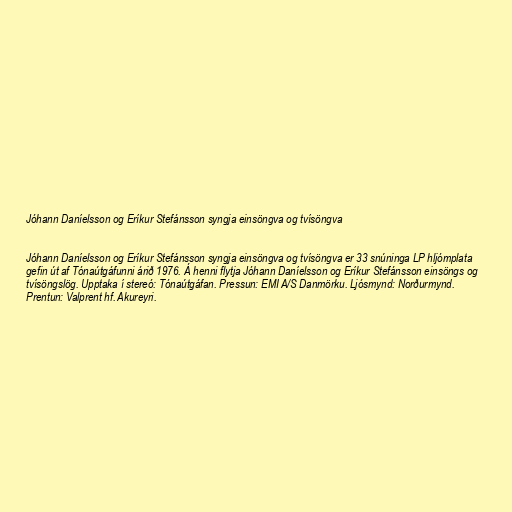
Jóhann Daníelsson og Eríkur Stefánsson syngja einsöngva og tvísöngva

Jóhann Daníelsson og Eríkur Stefánsson syngja einsöngva og tvísöngva er 33 snúninga LP hljómplata
gefin út af Tónaútgáfunni árið 1976. Á henni flytja Jóhann Daníelsson og Eríkur Stefánsson einsöngs og
tvísöngslög. Upptaka í stereó: Tónaútgáfan. Pressun: EMI A/S Danmörku. Ljósmynd: Norðurmynd.
Prentun: Valprent hf. Akureyri.